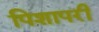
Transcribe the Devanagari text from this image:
पिशापरी